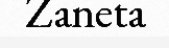
Zaneta